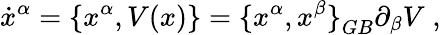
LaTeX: {\dot{x}}^{\alpha}=\{ {x}^{\alpha},V(x)\} ={\{ x^{\alpha},x^{\beta}\} }_{GB}\partial_{\beta}V\; ,